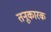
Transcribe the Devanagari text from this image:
तनूकारक